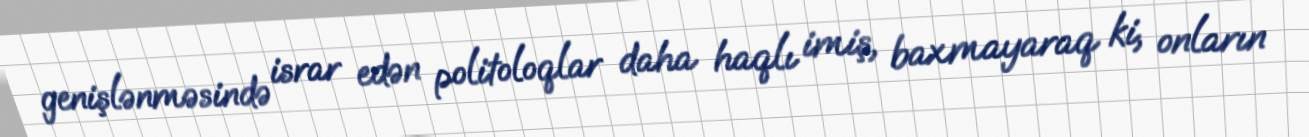
genişlənməsində israr edən politoloqlar daha haqlı imiş, baxmayaraq ki, onların